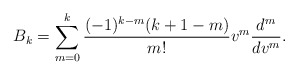
\begin{align*} B_k=\sum_{m=0}^k\frac{(-1)^{k-m}(k+1-m)}{m!}v^m\frac{d^m}{dv^m}.\end{align*}